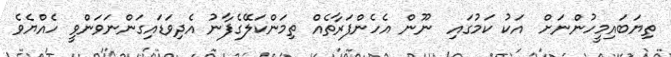
ތިޔަބައިމީހުންނަށް  އަކު ކަމުގައި  ނޫން އެހެންފަރާތެއް ތިމަންކަލޭގެފާނު އެދިވަޑައިގަންނަވަންވީ ހެއްޔެވެ